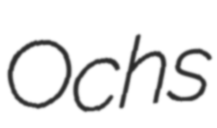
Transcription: Ochs